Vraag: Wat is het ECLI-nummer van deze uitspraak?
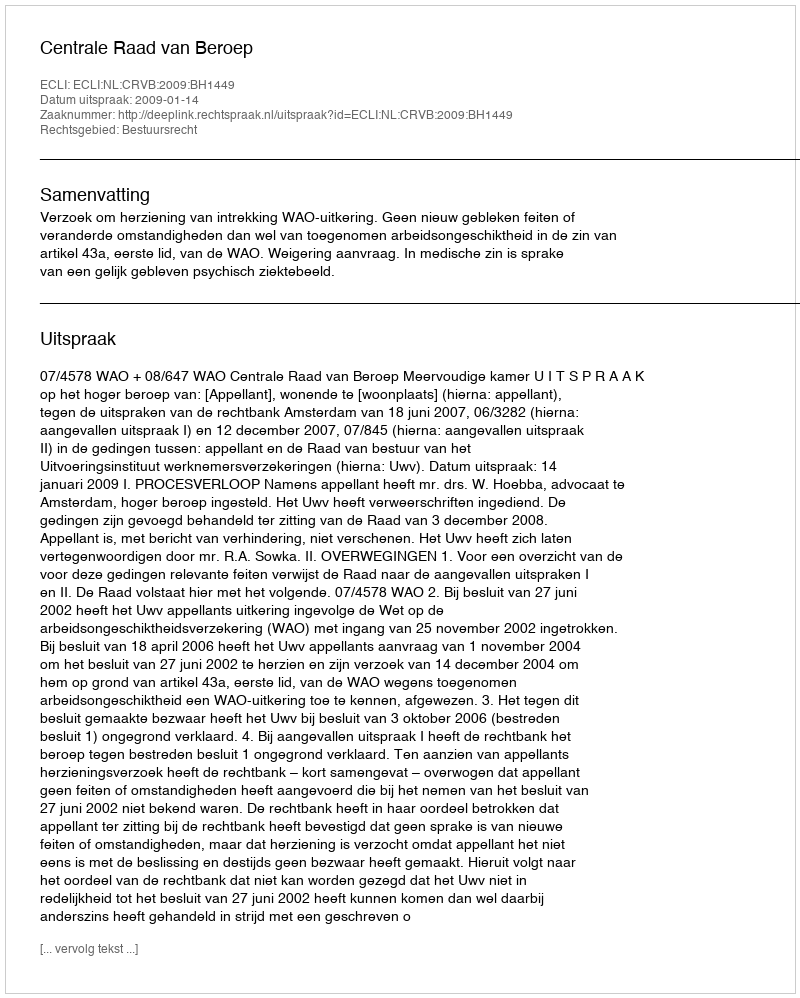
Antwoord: ECLI:NL:CRVB:2009:BH1449